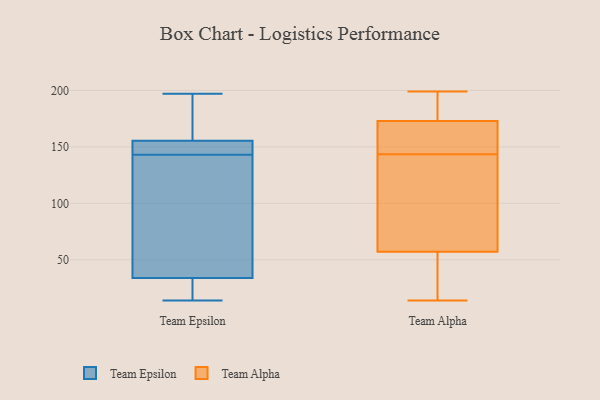
{"axis": {"x": "Churn Rate (%)", "y": "Value"}, "legend": ["Team Alpha", "Team Epsilon"], "data": [{"x": "", "y": 197, "type": "Team Epsilon"}, {"x": "", "y": 14, "type": "Team Epsilon"}, {"x": "", "y": 85, "type": "Team Epsilon"}, {"x": "", "y": 157, "type": "Team Epsilon"}, {"x": "", "y": 143, "type": "Team Epsilon"}, {"x": "", "y": 54, "type": "Team Epsilon"}, {"x": "", "y": 149, "type": "Team Epsilon"}, {"x": "", "y": 172, "type": "Team Epsilon"}, {"x": "", "y": 17, "type": "Team Epsilon"}, {"x": "", "y": 151, "type": "Team Epsilon"}, {"x": "", "y": 27, "type": "Team Epsilon"}, {"x": "", "y": 26, "type": "Team Alpha"}, {"x": "", "y": 164, "type": "Team Alpha"}, {"x": "", "y": 34, "type": "Team Alpha"}, {"x": "", "y": 167, "type": "Team Alpha"}, {"x": "", "y": 198, "type": "Team Alpha"}, {"x": "", "y": 121, "type": "Team Alpha"}, {"x": "", "y": 70, "type": "Team Alpha"}, {"x": "", "y": 191, "type": "Team Alpha"}, {"x": "", "y": 143, "type": "Team Alpha"}, {"x": "", "y": 14, "type": "Team Alpha"}, {"x": "", "y": 173, "type": "Team Alpha"}, {"x": "", "y": 144, "type": "Team Alpha"}, {"x": "", "y": 199, "type": "Team Alpha"}, {"x": "", "y": 57, "type": "Team Alpha"}, {"x": "", "y": 173, "type": "Team Alpha"}, {"x": "", "y": 170, "type": "Team Alpha"}, {"x": "", "y": 52, "type": "Team Alpha"}, {"x": "", "y": 67, "type": "Team Alpha"}]}